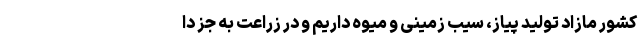
کشور مازاد تولید پیاز، سیب زمینی و میوه داریم و در زراعت به جز دا